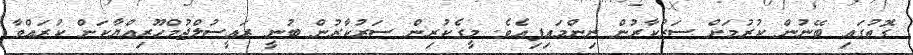
ގޮތުގައި ބޭނުން ކުރުމަށް ސަރުކާރުން ނިންމައިފިއެވެ. މީގެކުރިން ސަރުކާރުން ބުނީ ރައީސުލްޖުމްހޫރިއްޔާކަން ކުރައްވާ